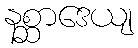
နစ္ဆာဒေယျ